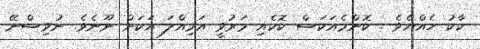
ކާކު ހެއްޔެވެ . ކޮންމެއަކަސް ކޮކެއި މަރުވީ އަމިއްލަ އަކަށް ނޫނެވެ. ނުވިސްނޭ